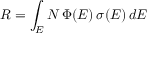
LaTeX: R = \int _ { E } N \, \Phi ( E ) \, \sigma ( E ) \, d E